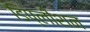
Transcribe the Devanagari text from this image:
डिप्लीशन